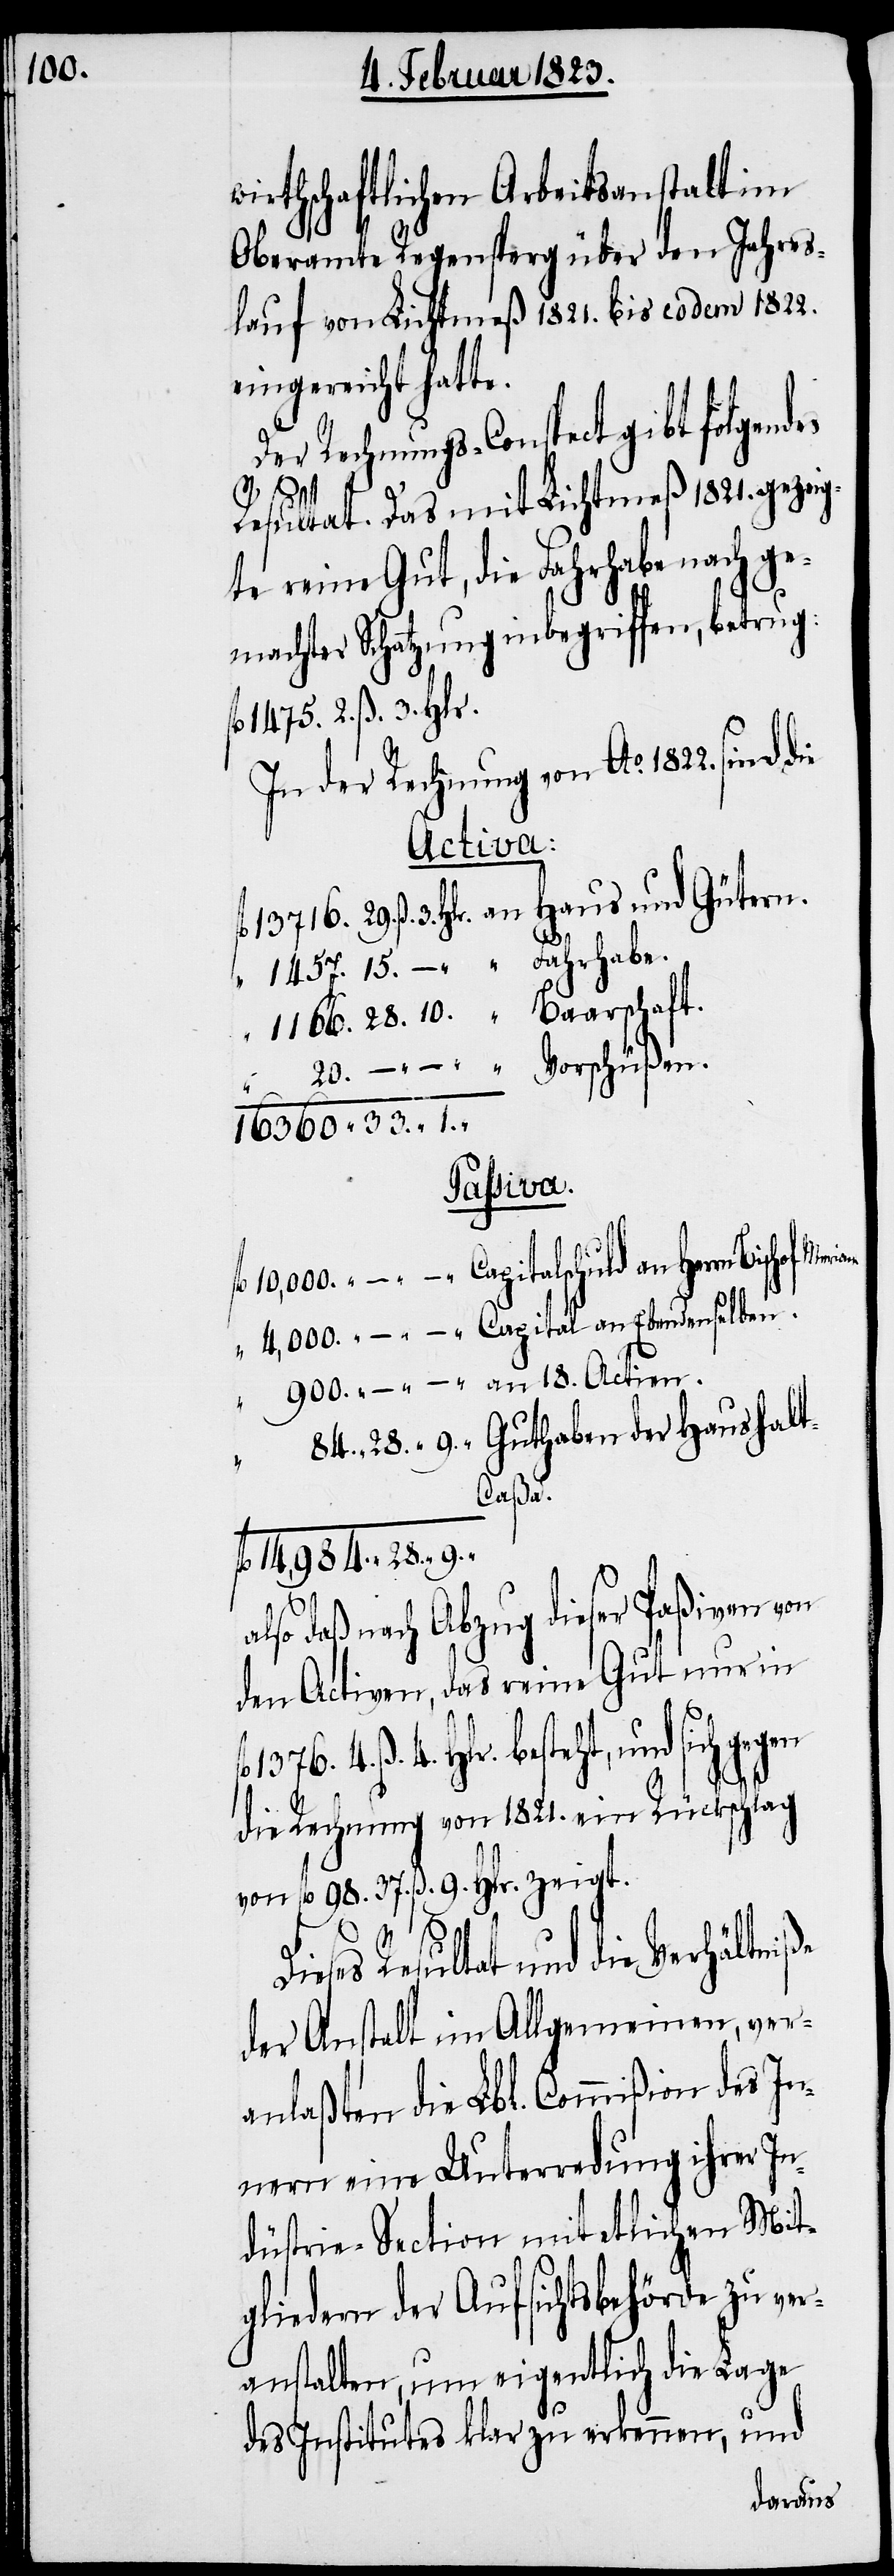
900.

wirthschaftlichen Arbeitsanstalt im
Oberamte Regensperg über den Jahres¬
lauf von Lichtmeß 1821. bis eodem 1822.
eingereicht hatte.
Rechnungs-Conspect gibt folgend¬
9. „
Resultat. Das mit Lichtmeß 1821. gezeig¬
te reine Gut, die Fahrhabe nach ge¬
machter Schatzung inbegriffen, betrug:
fl. 1376. 4. ß. 4. Hlr.
In der Rechnung von Ao. 1822. sind die
Actien.
ße
Haushalt-C¬
„
aßa.
fl. 14,984. „
also daß nach Abzug dieser Paßiven von
den Activen, das reine Gut nur in
besteht, und sich gegen
die Rechnung von 1821. ein Rückschlag
von fl. 98. 37. ß. 9. Hlr. zeigt.
Resultat und die Verhältni¬
der Anstalt im Allgemeinen, ver¬
anlaßten die Lbl. Commißion des In¬
nern eine Unterredung ihrer In¬
düstrie-Section mit etlichen Mit¬
gliedern der Aufsichtsbehörde zu ver¬
anstalten, um eigentlich die Lage
des Institutes klar zu erkennen, und
Merian.